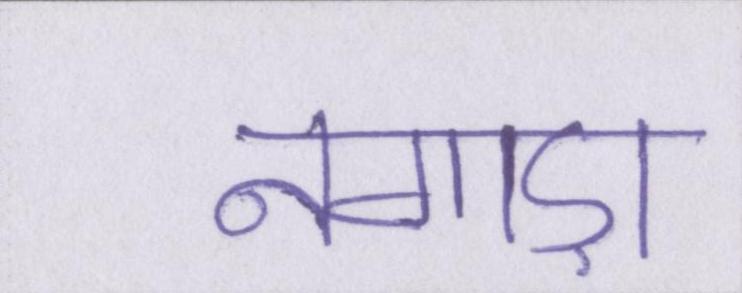
नगाड़ा